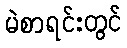
မဲစာရင်းတွင်